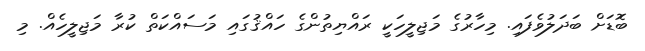
ބޮޑަށް ބަދަލުވެފައި. މިހާރުގެ މަޖިލީހަކީ ރައްޔިތުންގެ ހައްޤުގައި މަސައްކަތް ކުރާ މަޖިލީހެއް. މި